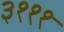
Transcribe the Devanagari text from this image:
३१११